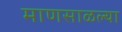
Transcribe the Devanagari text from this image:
माणसाळल्या